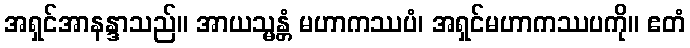
အရှင်အာနန္ဒာသည်။ အာယသ္မန္တံ မဟာကဿပံ၊ အရှင်မဟာကဿပကို။ ဧတံ